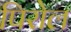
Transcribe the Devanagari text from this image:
पिरोल